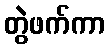
တွဲဖက်ကာ